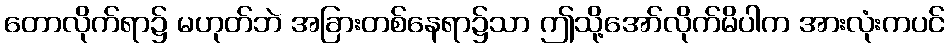
တောလိုက်ရာ၌ မဟုတ်ဘဲ အခြားတစ်နေရာ၌သာ ဤသို့အော်လိုက်မိပါက အားလုံးကပင်